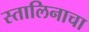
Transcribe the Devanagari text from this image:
स्तालिनाचा